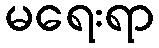
မရေးရာ